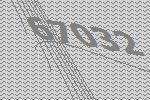
67032